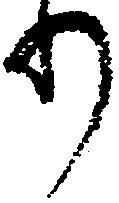
り